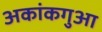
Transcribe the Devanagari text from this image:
अकांकगुआ